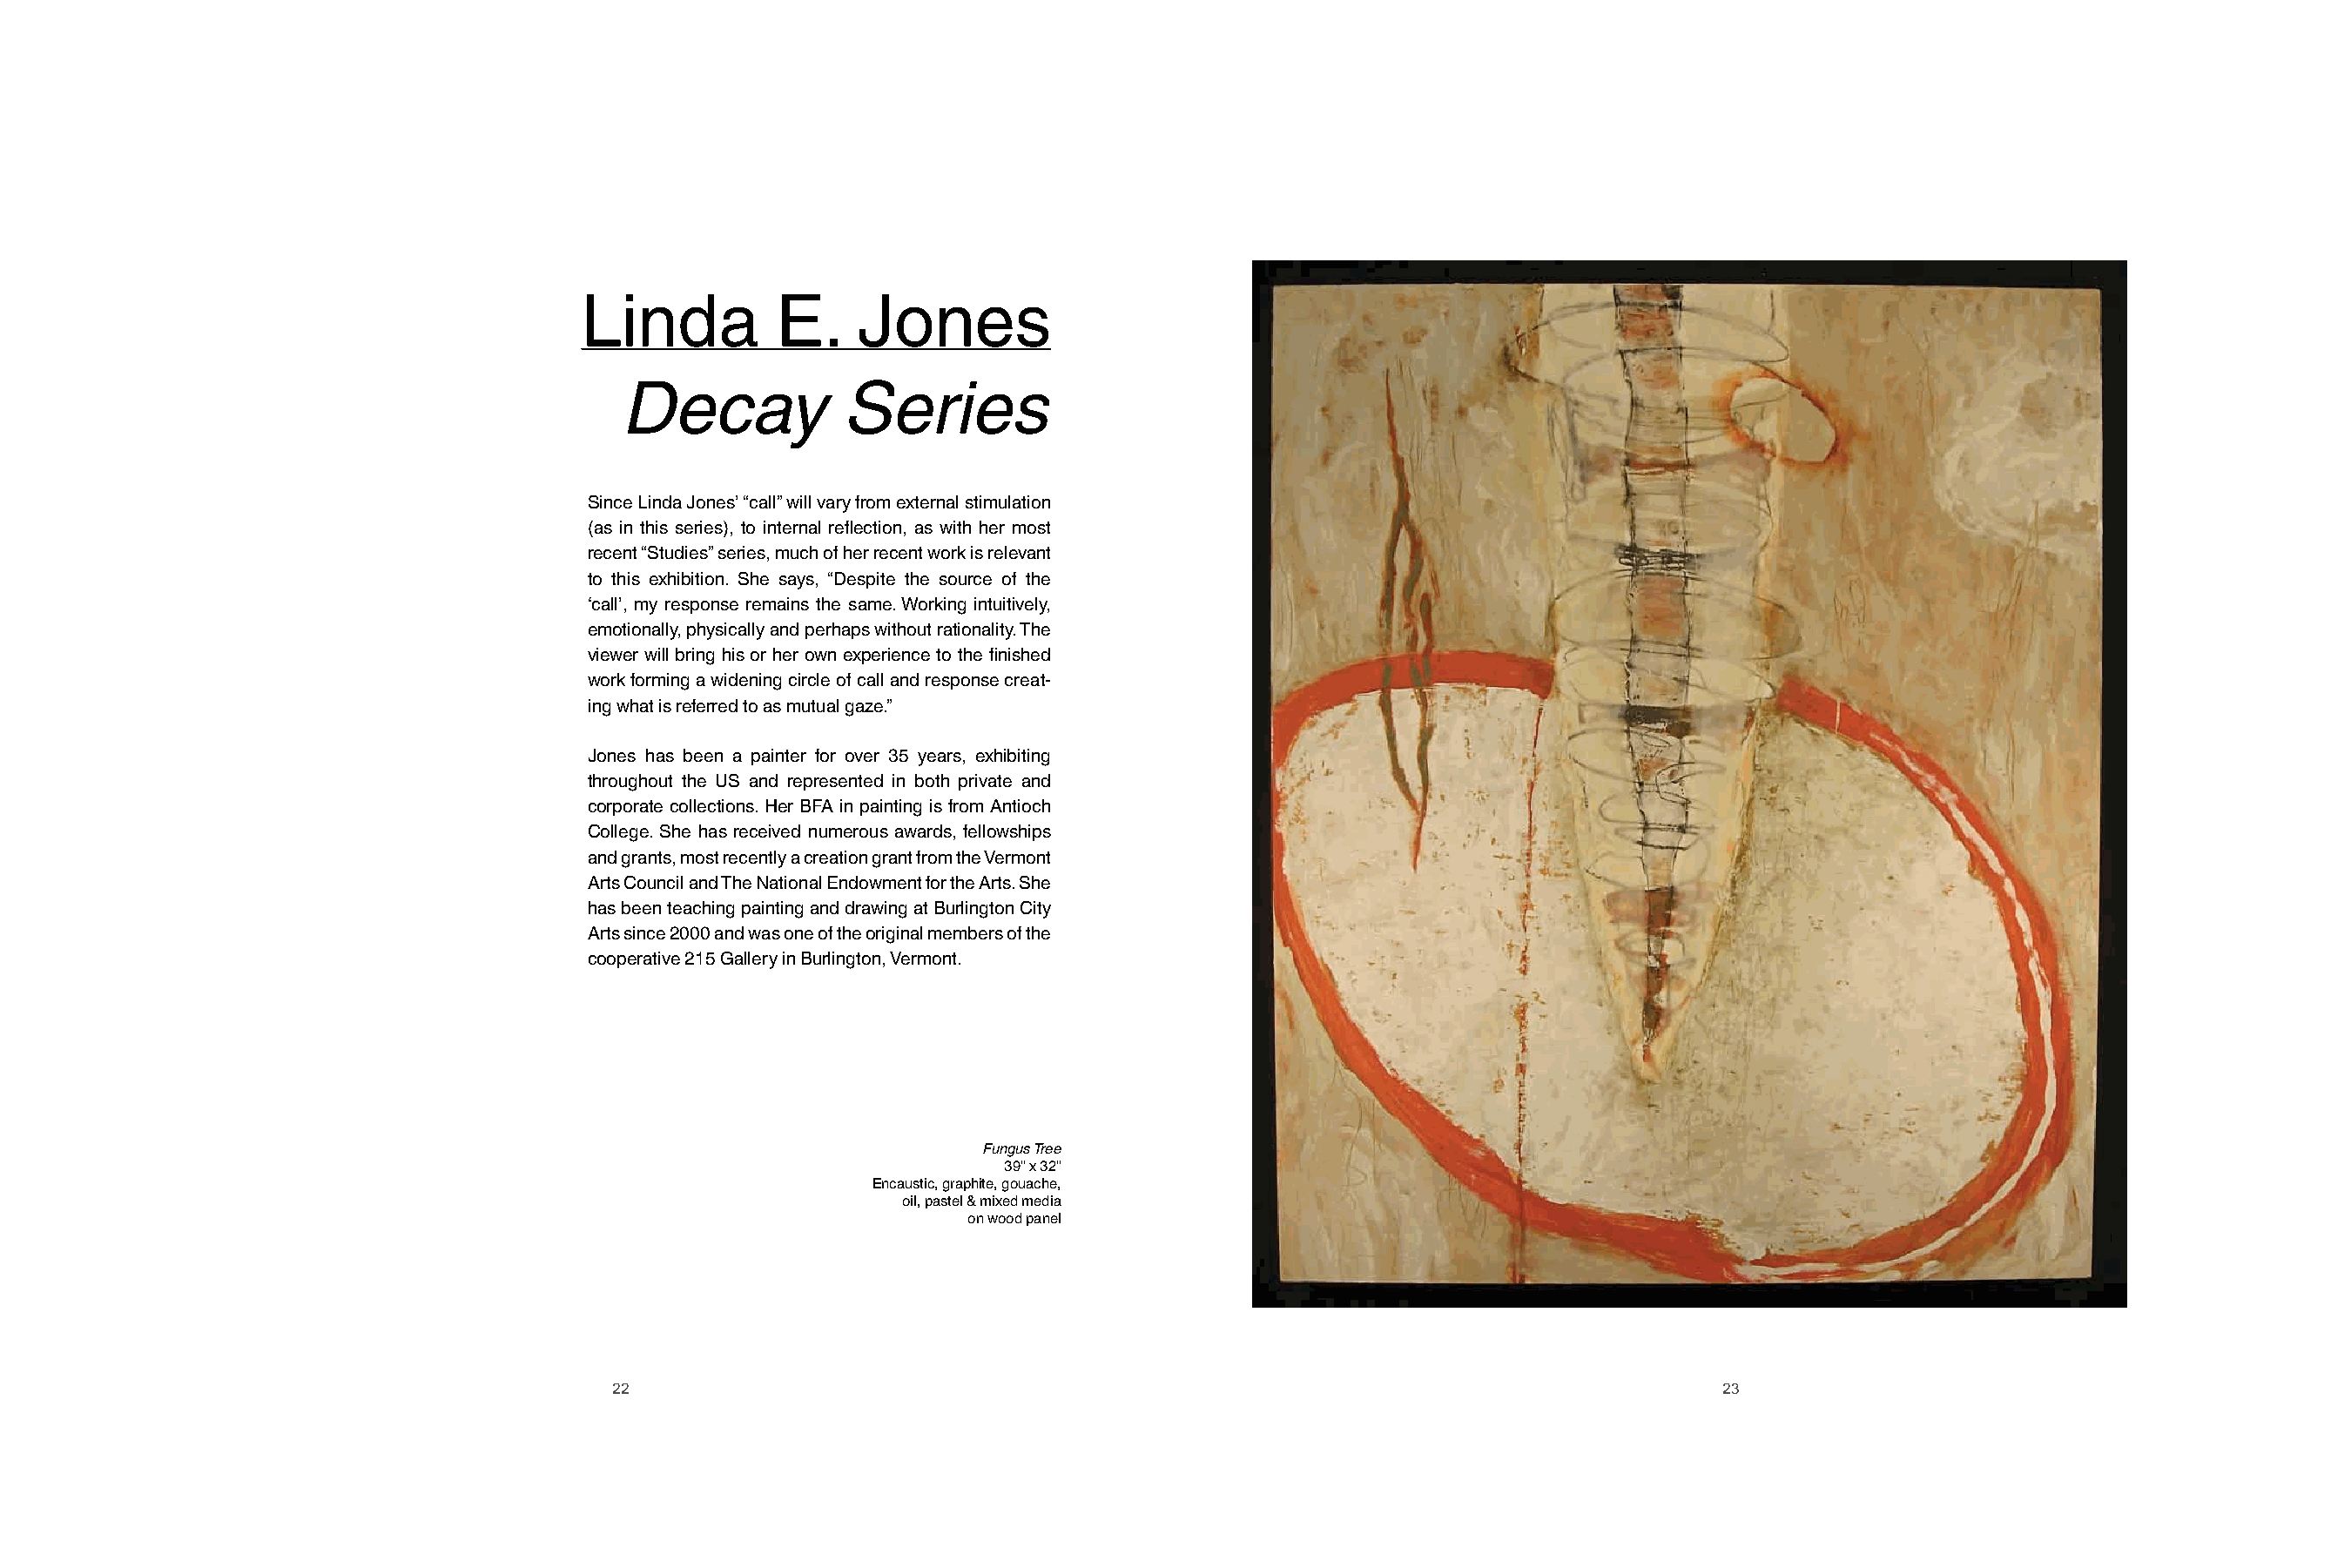
Linda          E.    Jones
 Decay           Series
 Since Linda Jones’ “call” will vary from external stimulation
 (as in this series), to internal reflection, as with her most
 recent “Studies” series, much of her recent work is relevant
 to this exhibition. She says, “Despite the source of the
 ‘call’, my response remains the same. Working intuitively,
 emotionally, physically and perhaps without rationality. The
 viewer will bring his or her own experience to the finished
 work forming a widening circle of call and response creat-
 ing what is referred to as mutual gaze.”
 Jones has been a painter for over 35 years, exhibiting
 throughout the US and represented in both private and
 corporate collections. Her BFA in painting is from Antioch
 College. She has received numerous awards, fellowships
 and grants, most recently a creation grant from the Vermont
 Arts Council and The National Endowment for the Arts. She
 has been teaching painting and drawing at Burlington City
 Arts since 2000 and was one of the original members of the
 cooperative 215 Gallery in Burlington, Vermont.
 Fungus Tree
 39" x 32"
 Encaustic, graphite, gouache,
 oil, pastel & mixed media
 on wood panel
 22                                                                                  23